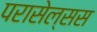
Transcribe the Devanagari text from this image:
परासेल्सस